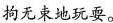
拘无束地玩耍。